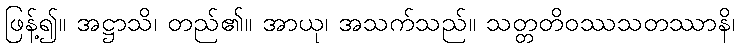
ဖြန့်၍။ အဋ္ဌာသိ၊ တည်၏။ အာယု၊ အသက်သည်။ သတ္တတိဝဿသတဿာနိ၊